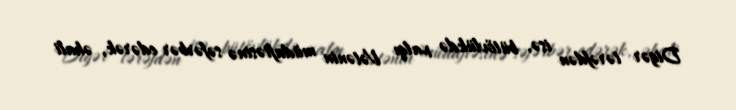
Digər tərəfdən isə, bütövlükdə xalqı Vətənin müdafiəsinə səfərbər edərək, əhali